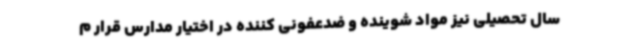
سال تحصیلی نیز مواد شوینده و ضدعفونی کننده در اختیار مدارس قرار م